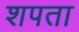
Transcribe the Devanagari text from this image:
शपता